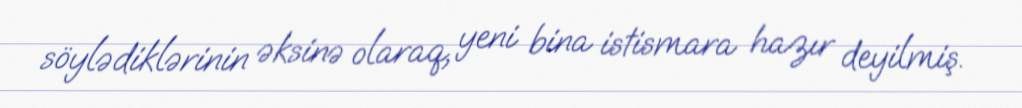
söylədiklərinin əksinə olaraq, yeni bina istismara hazır deyilmiş.